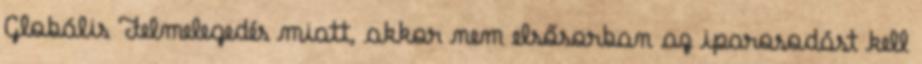
Globális Felmelegedés miatt, akkor nem elsősorban az iparosodást kell